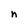
Character: n